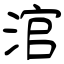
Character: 涫